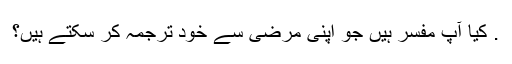
. کیا آپ مفسر ہیں جو اپنی مرضی سے خود ترجمہ کر سکتے ہیں؟